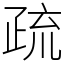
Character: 疏